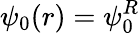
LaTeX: \psi_{0}(r)=\psi_{0}^{R}